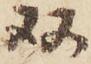
双